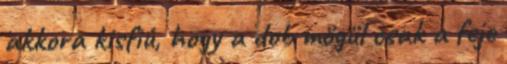
akkora kisfiú, hogy a dob mögül csak a feje